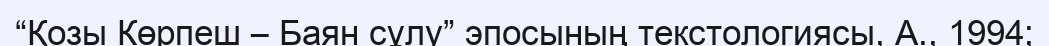
“Қозы Көрпеш – Баян сұлу” эпосының текстологиясы, А., 1994;